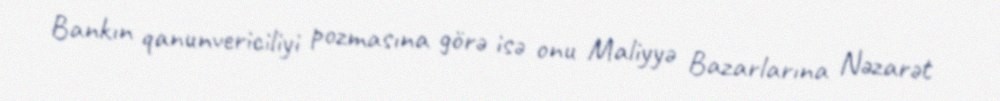
Bankın qanunvericiliyi pozmasına görə isə onu Maliyyə Bazarlarına Nəzarət